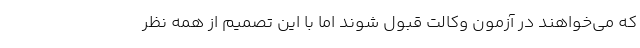
که می‌خواهند در آزمون وکالت قبول شوند اما با این تصمیم از همه نظر